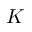
K